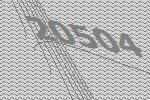
20504